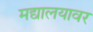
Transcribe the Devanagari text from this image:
मद्यालयावर